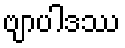
ဗျာပါဒဿ